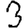
Digit: 3